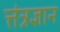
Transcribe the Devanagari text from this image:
त्तंत्रज्ञान